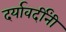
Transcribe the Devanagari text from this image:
दर्यावर्दींनी